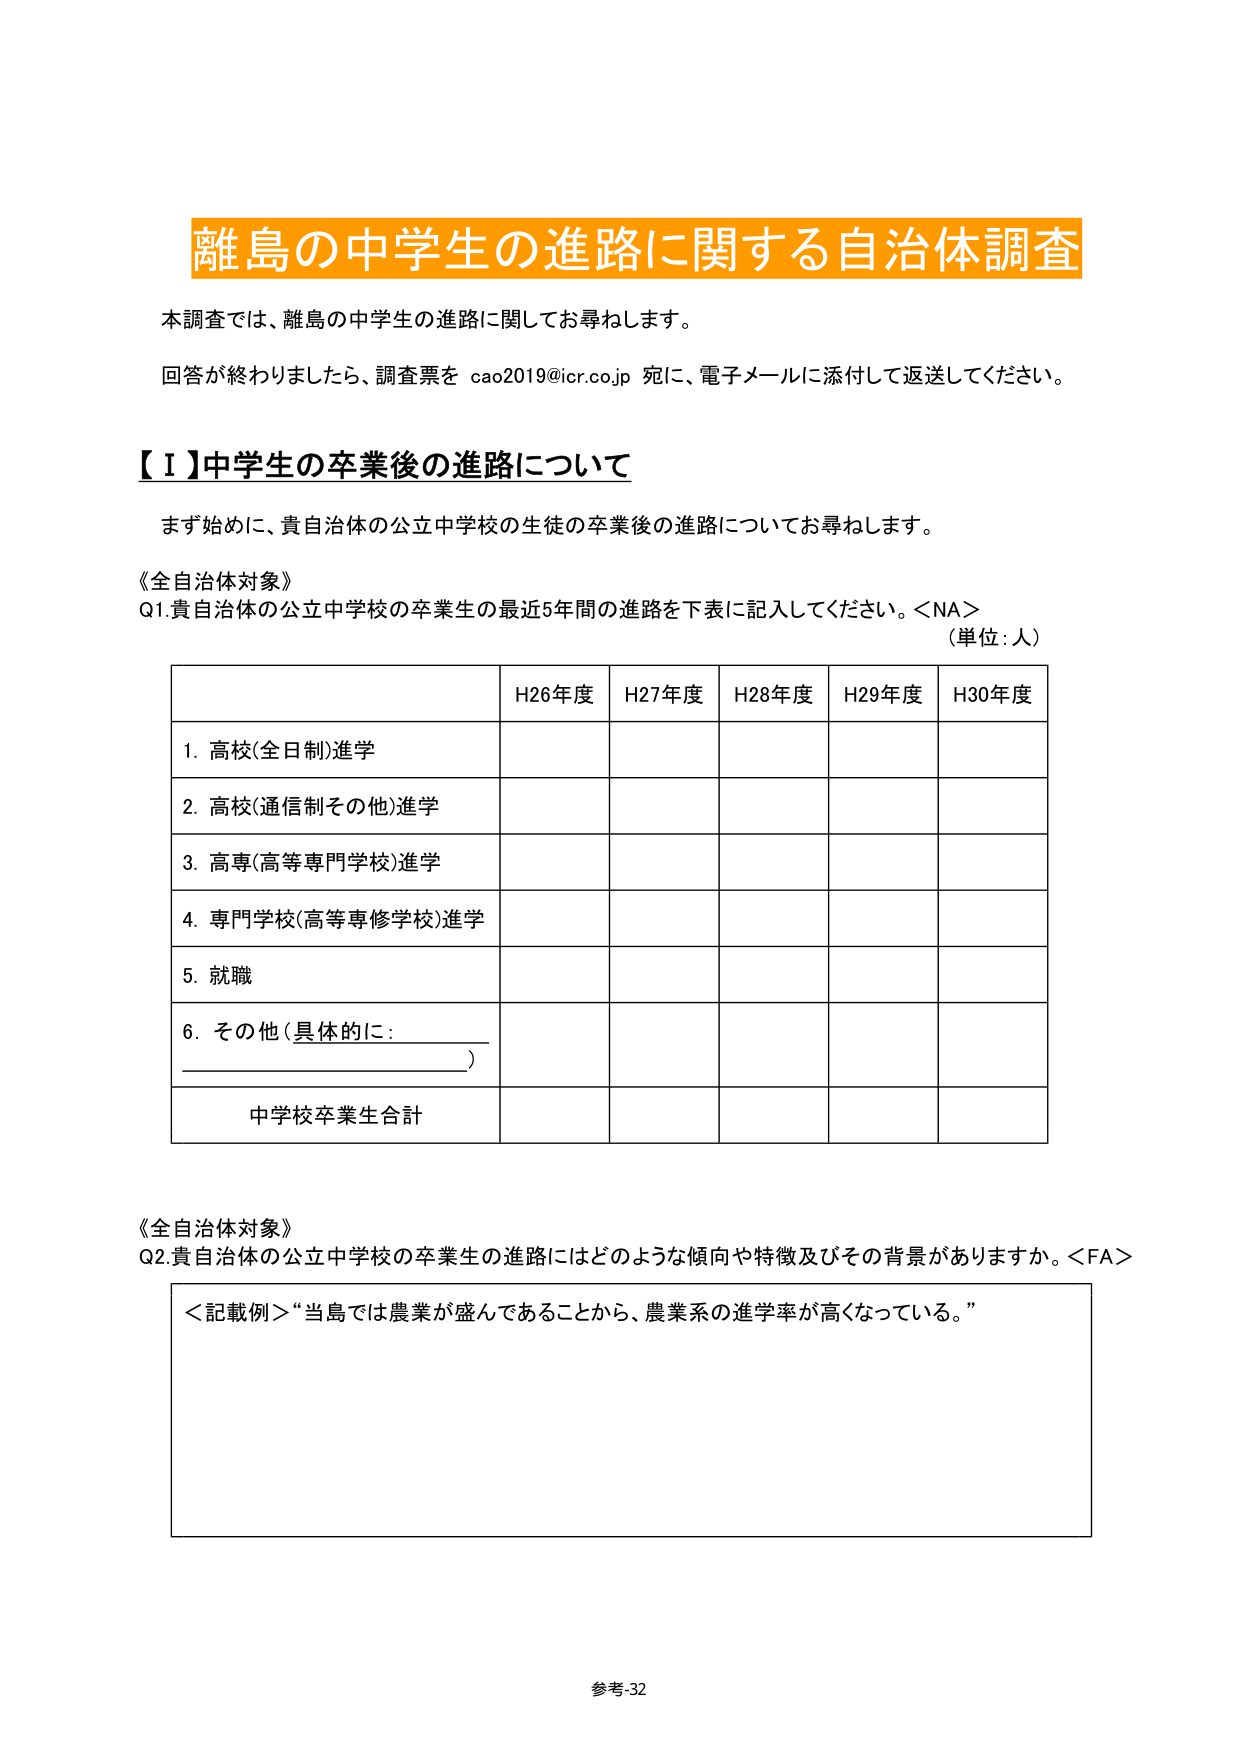
離島の中学生の進路に関する自治体調査

本調査では、離島の中学生の進路に関してお尋ねします。

回答が終わりましたら、調査票を cao2019@icr.co.jp 宛に、電子メールに添付して返送してください。

【Ⅰ】中学生の卒業後の進路について

まず始めに、貴自治体の公立中学校の生徒の卒業後の進路についてお尋ねします。

《全自治体対象》
Q1.貴自治体の公立中学校の卒業生の最近5年間の進路を下表に記入してください。<NA>
（単位：人）

H26年度 H27年度 H28年度 H29年度 H30年度
1. 高校(全日制)進学
2. 高校(通信制その他)進学
3. 高専(高等専門学校)進学
4. 専門学校(高等専修学校)進学
5. 就職
6. その他（具体的に：__________）
中学校卒業生合計

《全自治体対象》
Q2.貴自治体の公立中学校の卒業生の進路にはどのような傾向や特徴及びその背景がありますか。<FA>

＜記載例＞“当島では農業が盛んであることから、農業系の進学率が高くなっている。”

参考-32